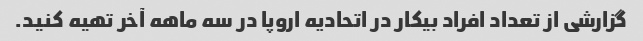
گزارشی از تعداد افراد بیکار در اتحادیه اروپا در سه ماهه آخر تهیه کنید.